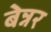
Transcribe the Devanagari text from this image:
बेन्नर